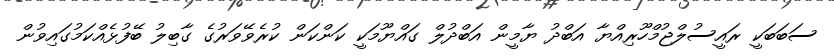
ސަބަބަކީ ރައީސުލްޖުމްހޫރިއްޔާ އަބްދު ޔާމީން އަބްދުލް ގައްޔޫމަކީ ކަންކަން ކުރެވޭވަރުގެ ގާބިލު ބޭފުޅެއްކަމުގައިވުން